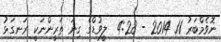
ނޮވެމްބަރު 11